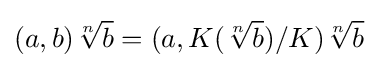
(a,b){\sqrt[{n}]{b}}=(a,K({\sqrt[{n}]{b}})/K){\sqrt[{n}]{b}}